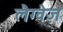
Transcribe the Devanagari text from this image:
लैग्वेज़